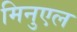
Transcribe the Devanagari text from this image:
मिनुएल